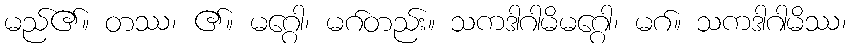
မည်၏။ တဿ၊ ၏။ မဂ္ဂေါ၊ မဂ်တည်း။ သကဒါဂါမိမဂ္ဂေါ၊ မဂ်။ သကဒါဂါမိဿ၊